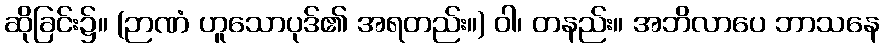
ဆိုခြင်း၌။ (ဉာဏံ ဟူသောပုဒ်၏ အရတည်း။) ဝါ၊ တနည်း။ အဘိလာပေ ဘာသနေ